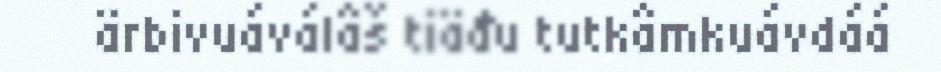
ärbivuáválâš tiäđu tutkâmkuávdáá